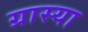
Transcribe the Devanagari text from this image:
ग्रास्या